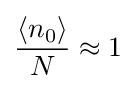
{\frac {\langle n_{0}\rangle }{N}}\approx 1